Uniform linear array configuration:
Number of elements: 8
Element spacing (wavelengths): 0.75
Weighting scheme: uniform
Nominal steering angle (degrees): -15
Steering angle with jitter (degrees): -15.343
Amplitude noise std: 0.05
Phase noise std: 0.05

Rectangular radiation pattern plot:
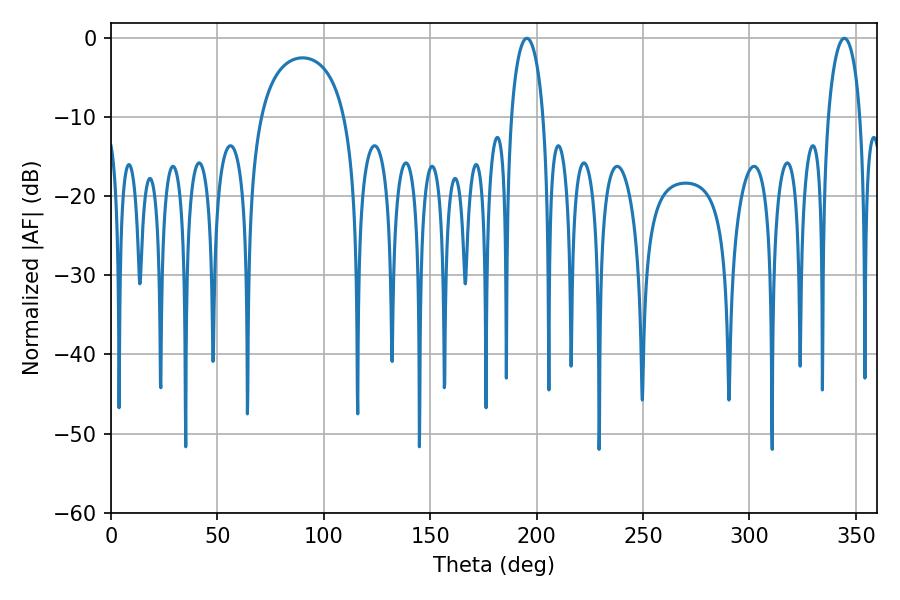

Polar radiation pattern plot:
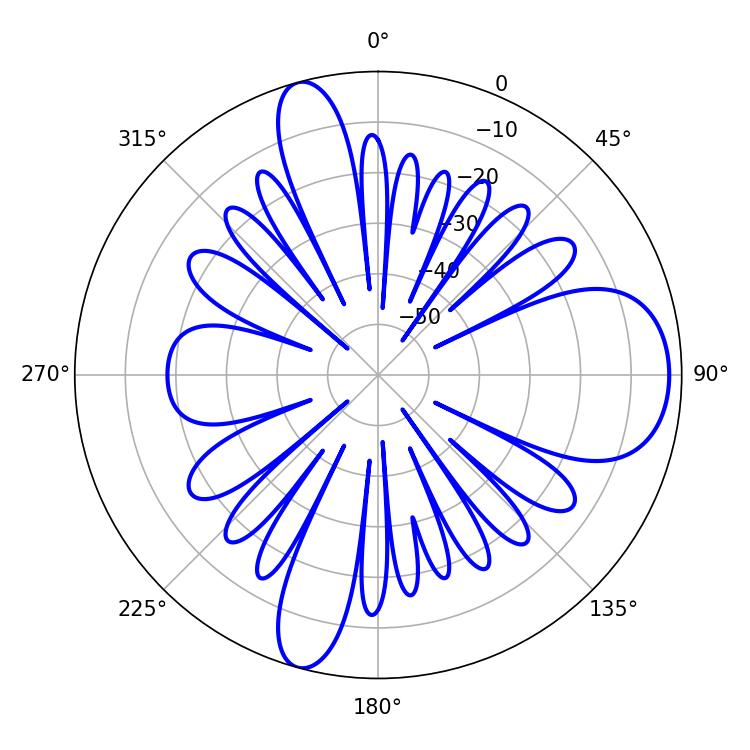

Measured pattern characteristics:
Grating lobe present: TRUE
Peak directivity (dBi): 10.462
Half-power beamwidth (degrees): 8.64
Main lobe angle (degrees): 195.48